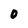
Character: O